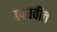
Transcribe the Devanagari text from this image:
लघवीत